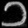
Digit: ၁